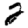
Digit: 2